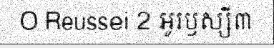
O Reussei 2 អូរឫស្សី៣